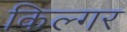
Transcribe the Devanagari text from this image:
किल्‍गर